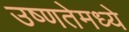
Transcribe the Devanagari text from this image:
उष्णतेमध्ये